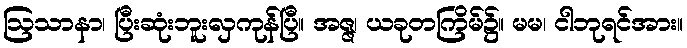
ဩသာနာ၊ ပြီးဆုံးဘူးလှကုန်ပြီ။ အဇ္ဇ၊ ယခုတကြိမ်၌။ မမ၊ ငါဘုရင်အား။